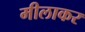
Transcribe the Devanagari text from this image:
मीलाकर